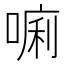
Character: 𱔀